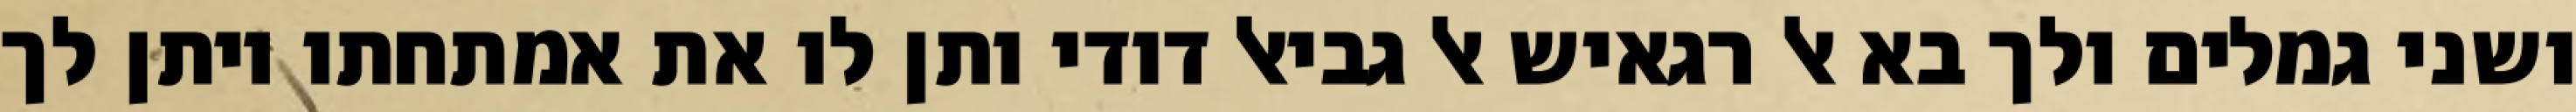
ושני גמלים ולך בא אל רגאיש אל גביאל דודי ותן לו את אמתחתו ויתן לך